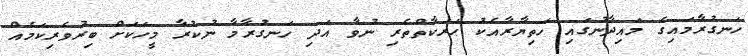
ހަނގުރާމައިގެ މައިދާނުގައި ހަތިޔާރާއެކު ޙަރަކާތްތެރި ނުވާ އަދި ހަނގުރާމާ ނުކުރާ މީހަކަށް ބިރުވެރިކަމެއް